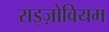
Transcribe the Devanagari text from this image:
राइज़ोवियम